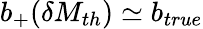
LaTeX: b_{+}(\delta M_{th})\simeq b_{true}